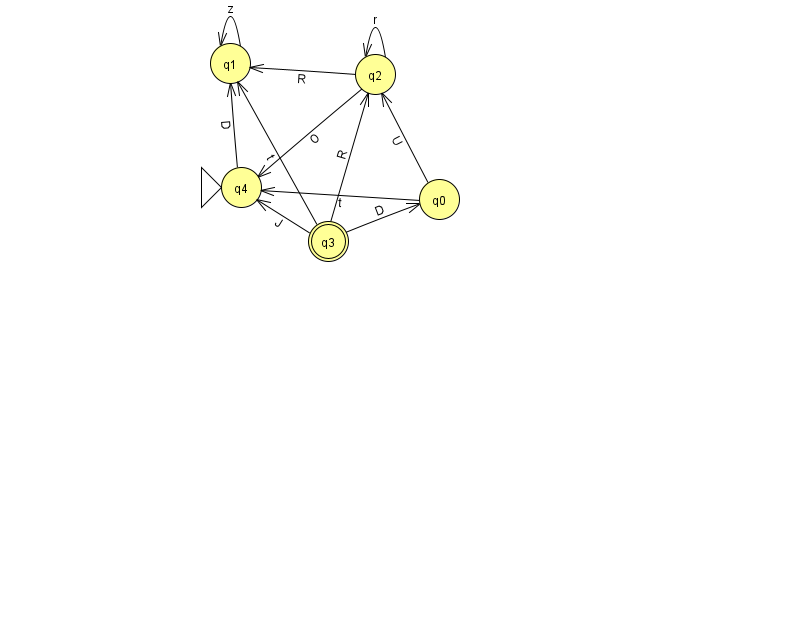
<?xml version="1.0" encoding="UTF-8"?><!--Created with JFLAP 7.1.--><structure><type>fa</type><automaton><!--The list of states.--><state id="0" name="q0"><x>439.0</x><y>186.0</y></state><state id="1" name="q1"><x>230.0</x><y>50.0</y></state><state id="2" name="q2"><x>375.0</x><y>61.0</y></state><state id="3" name="q3"><x>328.0</x><y>228.0</y><final/></state><state id="4" name="q4"><x>241.0</x><y>174.0</y><initial/></state><!--The list of transitions.--><transition><from>2</from><to>2</to><read>r</read></transition><transition><from>3</from><to>2</to><read>R</read></transition><transition><from>3</from><to>0</to><read>D</read></transition><transition><from>1</from><to>1</to><read>z</read></transition><transition><from>2</from><to>1</to><read>R</read></transition><transition><from>3</from><to>1</to><read>t</read></transition><transition><from>2</from><to>4</to><read>O</read></transition><transition><from>0</from><to>4</to><read>t</read></transition><transition><from>0</from><to>2</to><read>U</read></transition><transition><from>3</from><to>4</to><read>J</read></transition><transition><from>4</from><to>1</to><read>D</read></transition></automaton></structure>